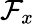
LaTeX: \mathcal{F}_{x}